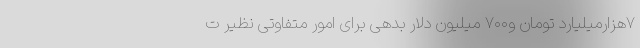
۷هزارمیلیارد تومان و۷۰۰ میلیون دلار بدهی برای امور متفاوتی نظیر ت